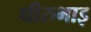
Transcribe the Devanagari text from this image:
धीरुभाइ